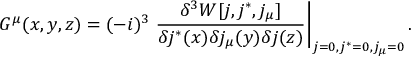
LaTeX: G ^ { \mu } ( x , y , z ) = ( - i ) ^ { 3 } \left. \frac { \delta ^ { 3 } W [ j , j ^ { \ast } , j _ { \mu } ] } { \delta j ^ { \ast } ( x ) \delta j _ { \mu } ( y ) \delta j ( z ) } \right| _ { j = 0 , j ^ { \ast } = 0 , j _ { \mu } = 0 } .